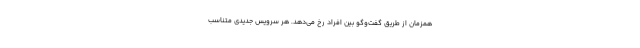
همزمان از طریق گفت‌وگو بین افراد رخ می‌دهد. هر سرویس جدیدی متناسب